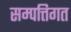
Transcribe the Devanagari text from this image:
सम्पत्तिगत